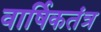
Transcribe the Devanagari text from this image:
वार्षिकतंत्र